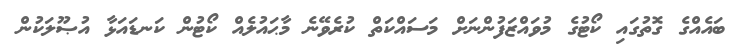
ބައެއްގެ ގޮތުގައި ކޯޓުގެ މުވައްޒަފުންނަށް މަސައްކަތް ކުރެވޭނެ މާޙައުލެއް ކޯޓުން ކަނޑައަޅާ އުޞޫލަކުން